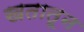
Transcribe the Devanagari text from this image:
खतातून